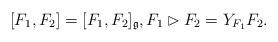
LaTeX: \begin{align*} [F_1, F_2] = [F_1, F_2]_{\mathfrak{g}}, F_1 \rhd F_2 = Y_{F_1} F_2.\end{align*}